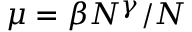
\mu = \beta N ^ { \gamma } / N